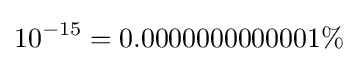
10^{-15}=0.0000000000001\%